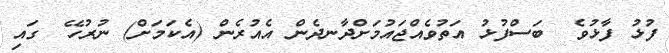
ފުޅު ފާޅުވެ  ބަސްފުޅު އަތުވެއްޖައުމަށްދާނދެން އެއުރެން (އެކަމަށް) ނުރުހޭ  ގައި